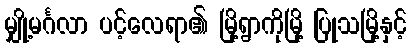
မျှို့မင်္ဂလာ ပင့်လေရာ၏ မြို့ရွာကိုမြို့ ပြုသမြို့နှင့်